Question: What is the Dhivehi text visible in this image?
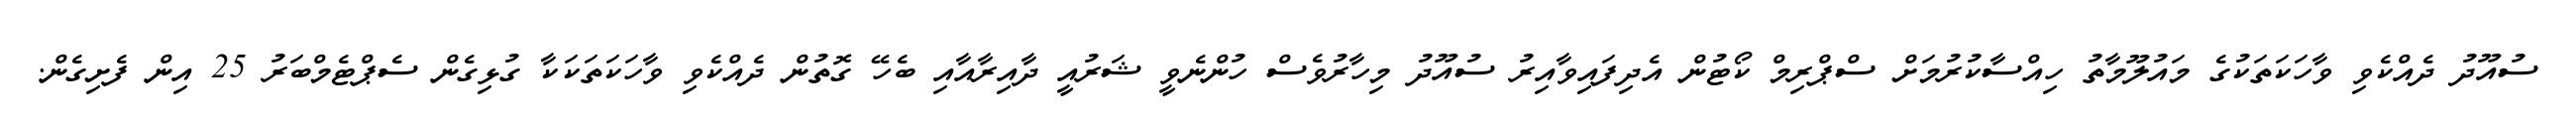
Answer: ސުއޫދު ދެއްކެވި ވާހަކަތަކުގެ މައުލޫމާތު ހިއްސާކުރުމަށް ސްޕްރިމް ކޯޓުން އެދިފައިވާއިރު ސުއޫދު މިހާރުވެސް ހުންނެވީ ޝަރުއީ ދާއިރާއާއި ބެހޭ ގޮތުން ދެއްކެވި ވާހަކަތަކަކާ ގުޅިގެން ސެޕްޓެމްބަރު 25 އިން ފެށިގެން.